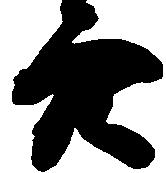
穴